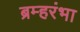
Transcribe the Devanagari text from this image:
ब्रम्हरंभा